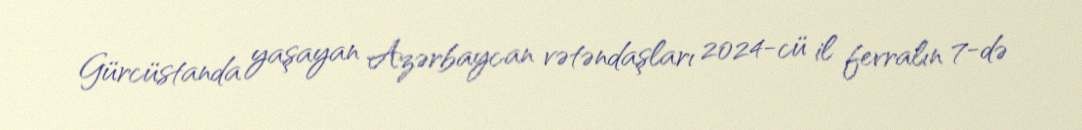
Gürcüstanda yaşayan Azərbaycan vətəndaşları 2024-cü il fevralın 7-də